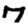
Digit: 7